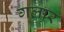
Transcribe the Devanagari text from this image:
गलार